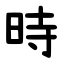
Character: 時